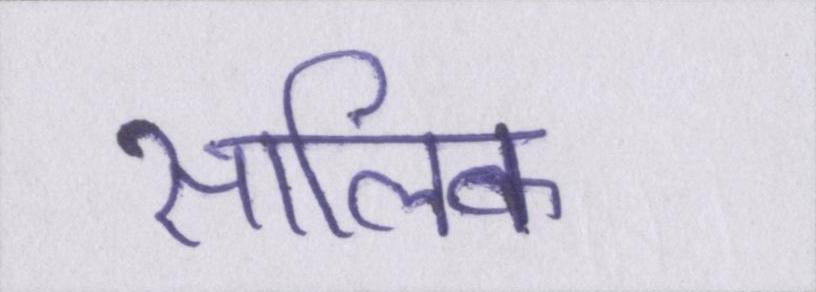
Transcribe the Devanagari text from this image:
सालिक